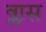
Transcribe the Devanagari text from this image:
व्लास